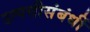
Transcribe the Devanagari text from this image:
उत्पत्तीसंबंधीं